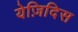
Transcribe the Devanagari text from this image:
येज़िदिस